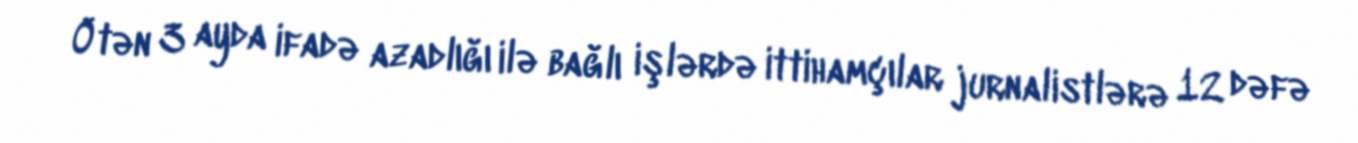
Ötən 3 ayda ifadə azadlığı ilə bağlı işlərdə ittihamçılar jurnalistlərə 12 dəfə